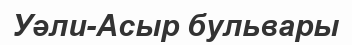
Уәли-Асыр бульвары